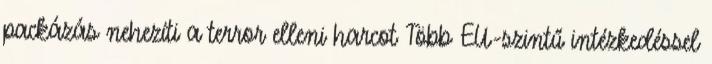
packázás nehezíti a terror elleni harcot Több EU-szintű intézkedéssel